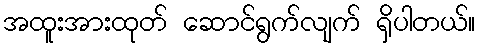
အထူးအားထုတ် ဆောင်ရွက်လျက် ရှိပါတယ်။